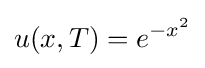
u(x,T)=e^{-x^{2}}